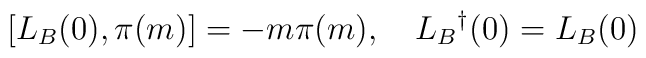
[L_B(0),\pi(m)] = -m\pi(m),\quad L_B{}^{\dag}(0) = L_B(0)